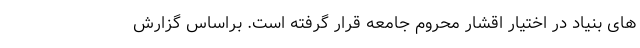
های بنیاد در اختیار اقشار محروم جامعه قرار گرفته است. براساس گزارش